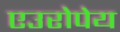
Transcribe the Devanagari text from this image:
एउरोपेय